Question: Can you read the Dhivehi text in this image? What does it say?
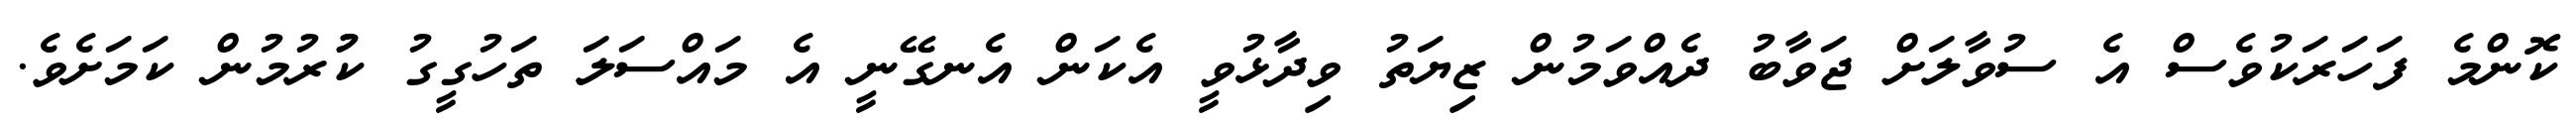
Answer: ކޮންމެ ފަހަރަކުވެސް އެ ސުވާލަށް ޖަވާބު ދެއްވަމުން ޒިޔަތު ވިދާޅުވީ އެކަން އެނގޭނީ އެ މައްސަލަ ތަހުގީގު ކުުރުމުން ކަމަށެވެ.